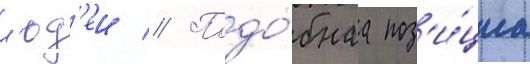
л'юд'еи // Подо́бнаа поз'и́циа